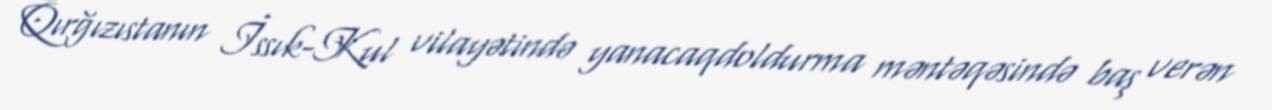
Qırğızıstanın İssık-Kul vilayətində yanacaqdoldurma məntəqəsində baş verən